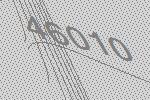
46010